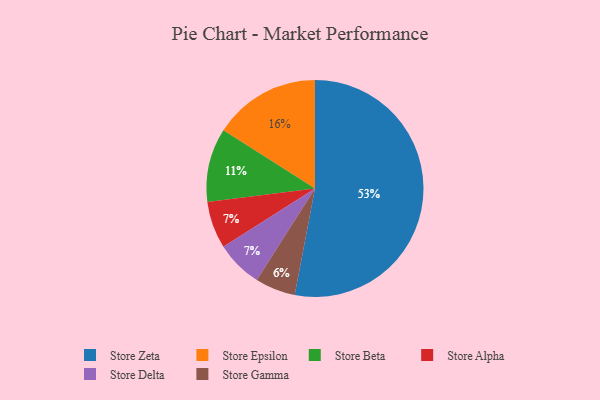
{"axis": {"x": "Category", "y": "Percentage"}, "legend": ["Store Alpha", "Store Beta", "Store Delta", "Store Epsilon", "Store Gamma", "Store Zeta"], "data": [{"x": "Store Zeta", "y": 53, "type": "Store Zeta"}, {"x": "Store Alpha", "y": 7, "type": "Store Alpha"}, {"x": "Store Epsilon", "y": 16, "type": "Store Epsilon"}, {"x": "Store Delta", "y": 7, "type": "Store Delta"}, {"x": "Store Gamma", "y": 6, "type": "Store Gamma"}, {"x": "Store Beta", "y": 11, "type": "Store Beta"}]}